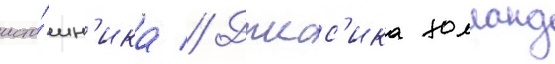
исто́чн'ика // Джесс'ика холланд